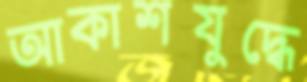
আকাশযুদ্ধে